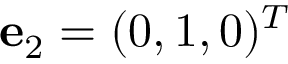
{ \bf e } _ { 2 } = ( 0 , 1 , 0 ) ^ { T }